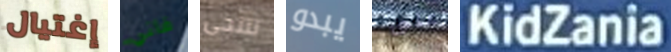
إغتيال فاني تتنحى يبدو على KidZania